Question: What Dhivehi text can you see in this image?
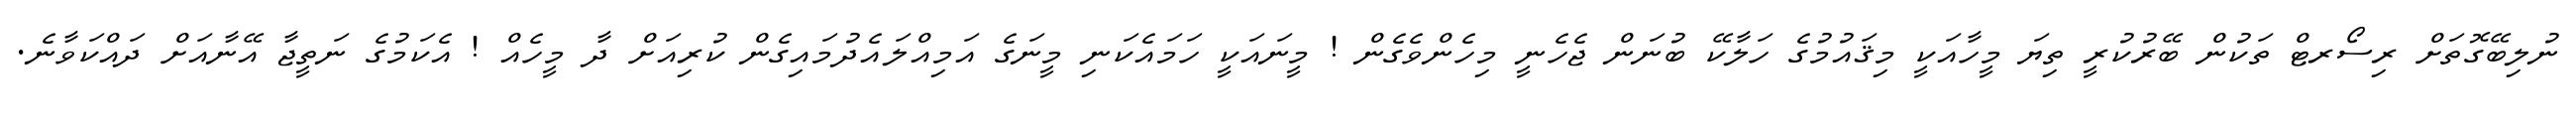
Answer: ނުލިބޭގޮތަށް ރިސޯރޓް ތަކުން ބޭރުކުރީ ތިޔަ މީހާއަކީ މިޤައުމުގެ ހަލާކޭ ބުނަން ޖެހެނީ މިހެންވެގެން ! މީނައަކީ ހަމައެކަނި މީނަގެ އަމިއްލައެދުމައިގެން ކުރިއަށް ދާ މީހެއް ! އެކަމުގެ ނަތީޖާ އޭނާއަށް ދައްކަވާނެ.